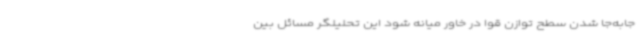
جابه‌جا شدن سطح توازن قوا در خاور میانه شود این تحلیلگر مسائل بین